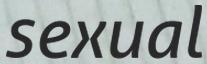
sexual